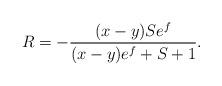
LaTeX: \begin{align*}R = -\frac{(x-y)S e^f}{(x-y)e^f+S+1}.\end{align*}